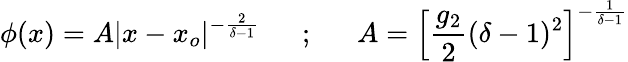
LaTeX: \phi(x)=A\vert x-x_{o}\vert^{-\frac{2}{\delta-1}}~~~~~~;~~~~~~A=\left[\frac{g_{2}}{2}(\delta-1)^{2}\right]^{-\frac{1}{\delta-1}}